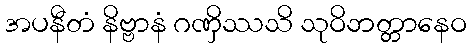
အပနီတံ နိဗ္ဗာနံ ဂဏှိဿသိ သုဝိဘတ္တာနေဝ